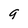
Character: 9